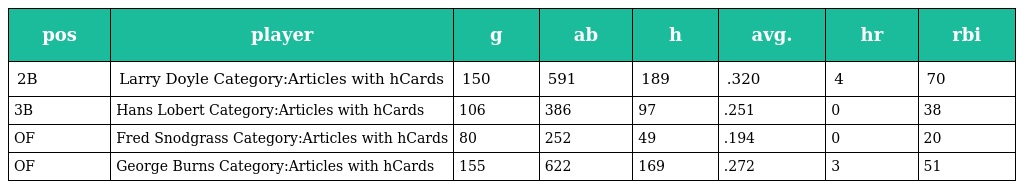
| pos | player | g | ab | h | avg. | hr | rbi |
 | --- | --- | --- | --- | --- | --- | --- | --- |
 | 2B | Larry Doyle Category:Articles with hCards | 150 | 591 | 189 | .320 | 4 | 70 |
 | 3B | Hans Lobert Category:Articles with hCards | 106 | 386 | 97 | .251 | 0 | 38 |
 | OF | Fred Snodgrass Category:Articles with hCards | 80 | 252 | 49 | .194 | 0 | 20 |
 | OF | George Burns Category:Articles with hCards | 155 | 622 | 169 | .272 | 3 | 51 |